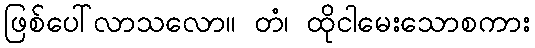
ဖြစ်ပေါ်လာသလော။ တံ၊ ထိုငါမေးသောစကား